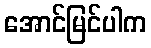
အောင်မြင်ပါက